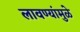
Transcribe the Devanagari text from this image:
लावण्यांमुळे